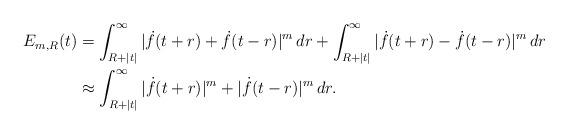
LaTeX: \begin{align*}E_{m,R}(t) & = \int_{R + |t|}^{\infty} |\dot{f}(t+r) + \dot{f}(t-r)|^{m} \, dr + \int_{R + |t|}^{\infty} |\dot{f}(t+r) - \dot{f}(t-r)|^{m} \, dr \\&\approx \int_{R + |t|}^{\infty} |\dot{f}(t+r)|^{m} + |\dot{f}(t-r)|^{m} \, dr.\end{align*}